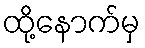
ထို့နောက်မှ